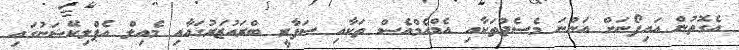
އެގޮތުން އައިފޯނަށް އަންނަ މެސެޖުތަކާއި އެމްއެމްއެސް ތަކާއި ސަފާރީ ބްރައުޒަރުގައާއި މެއިލް އެޕްލިކޭޝަނުގައި